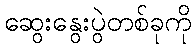
ဆွေးနွေးပွဲတစ်ခုကို